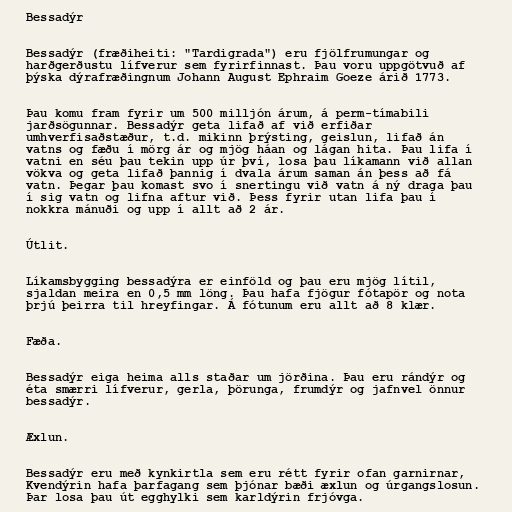
Bessadýr

Bessadýr (fræðiheiti: "Tardigrada") eru fjölfrumungar og
harðgerðustu lífverur sem fyrirfinnast. Þau voru uppgötvuð af
þýska dýrafræðingnum Johann August Ephraim Goeze árið 1773.

Þau komu fram fyrir um 500 milljón árum, á perm-tímabili
jarðsögunnar. Bessadýr geta lifað af við erfiðar
umhverfisaðstæður, t.d. mikinn þrýsting, geislun, lifað án
vatns og fæðu í mörg ár og mjög háan og lágan hita. Þau lifa í
vatni en séu þau tekin upp úr því, losa þau líkamann við allan
vökva og geta lifað þannig í dvala árum saman án þess að fá
vatn. Þegar þau komast svo í snertingu við vatn á ný draga þau
í sig vatn og lifna aftur við. Þess fyrir utan lifa þau í
nokkra mánuði og upp í allt að 2 ár.

Útlit.

Líkamsbygging bessadýra er einföld og þau eru mjög lítil,
sjaldan meira en 0,5 mm löng. Þau hafa fjögur fótapör og nota
þrjú þeirra til hreyfingar. Á fótunum eru allt að 8 klær.

Fæða.

Bessadýr eiga heima alls staðar um jörðina. Þau eru rándýr og
éta smærri lífverur, gerla, þörunga, frumdýr og jafnvel önnur
bessadýr.

Æxlun.

Bessadýr eru með kynkirtla sem eru rétt fyrir ofan garnirnar,
Kvendýrin hafa þarfagang sem þjónar bæði æxlun og úrgangslosun.
Þar losa þau út egghylki sem karldýrin frjóvga.